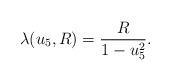
LaTeX: \begin{align*}\lambda (u_5 , R) = \frac{R}{1-u_5^2}.\end{align*}